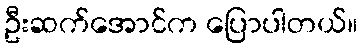
ဦးဆက်အောင်က ပြောပါတယ်။